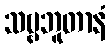
သဗ္ဗဘူတာနံ